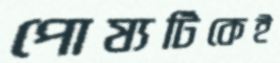
পোষ্যটিকেই